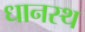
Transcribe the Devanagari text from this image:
धानस्थ